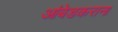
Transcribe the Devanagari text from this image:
आंबेडकराना